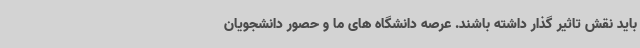
باید نقش تاثیر گذار داشته باشند. عرصه دانشگاه های ما و حصور دانشجویان